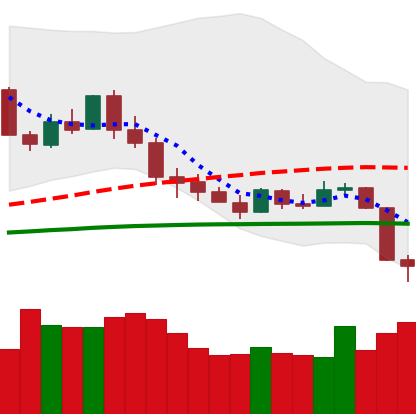
Ticker: XMR-USD
Chart end date: 2020-03-09
Forward return: -34.448%
Label: down_7plus